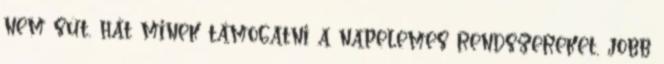
nem süt, hát minek támogatni a napelemes rendszereket, jobb